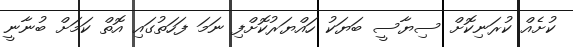
ކުށެއް ކުރަނިކޮށް ސިޔާސީ ބަޔަކު ހައްޔަރުކޮށްފި ނަމަ ފަހަތުގައި އޮތް ކަމަށް ބުނާނީ